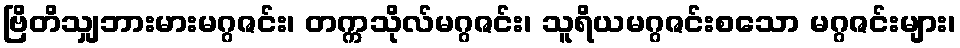
ဗြိတိသျှဘားမားမဂ္ဂဇင်း၊ တက္ကသိုလ်မဂ္ဂဇင်း၊ သူရိယမဂ္ဂဇင်းစသော မဂ္ဂဇင်းများ၊